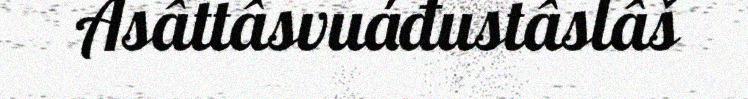
Asâttâsvuáđustâslâš